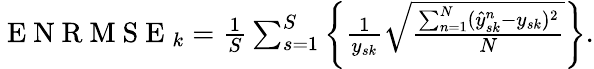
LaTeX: \begin{array}{r}{\mathrm{~E~N~R~M~S~E~}_{k}=\frac{1}{S}\sum_{s=1}^{S}\left\{ \frac{1}{y_{sk}}\sqrt{\frac{\sum_{n=1}^{N}(\hat{y}_{sk}^{n}-y_{sk})^{2}}{N}}\right\} .}\end{array}